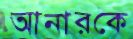
আনারকে